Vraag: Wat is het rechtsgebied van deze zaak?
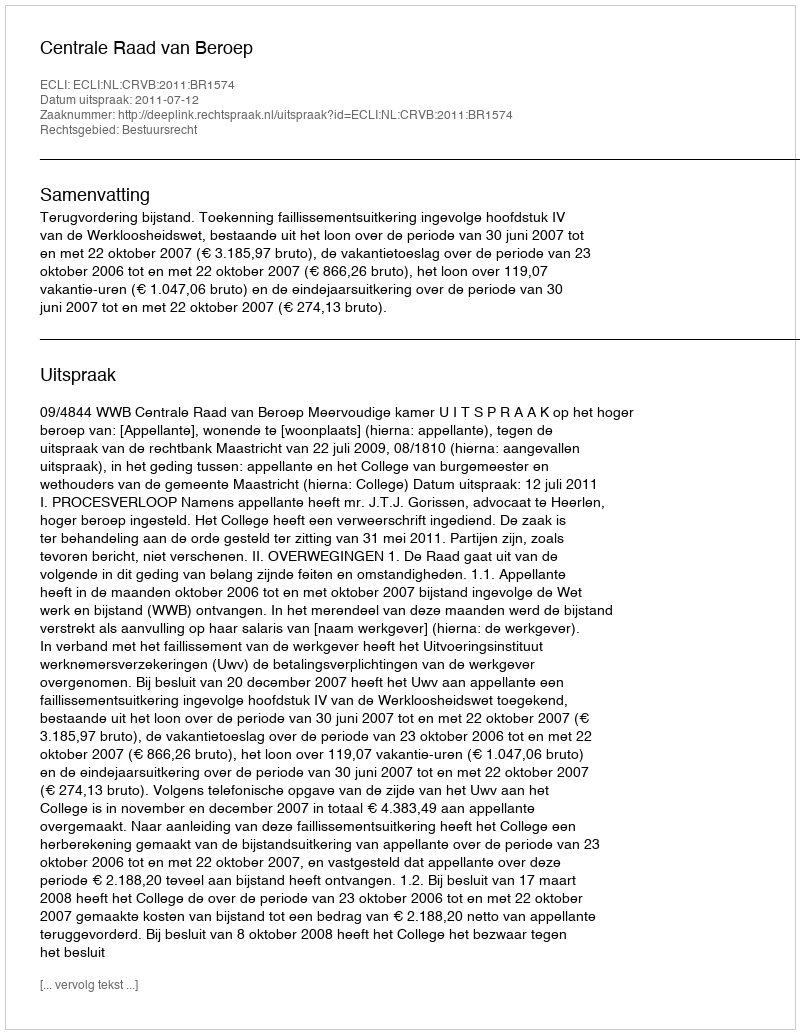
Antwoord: Bestuursrecht